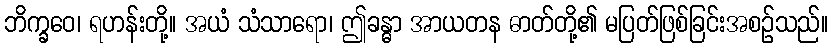
ဘိက္ခဝေ၊ ရဟန်းတို့။ အယံ သံသာရော၊ ဤခန္ဓာ အာယတန ဓာတ်တို့၏ မပြတ်ဖြစ်ခြင်းအစဉ်သည်။